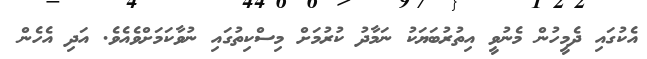
އެކުގައި ދެމީހުން މެނުވީ އިތުރުބަޔަކު ނަމާދު ކުރުމަށް މިސްކިތުގައި ނުވާކަމަށްވެއެވެ. އަދި އެހެން